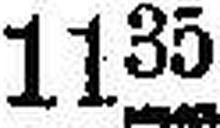
1135